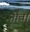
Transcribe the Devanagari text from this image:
नीवां